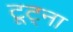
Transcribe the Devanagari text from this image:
टूट्ना